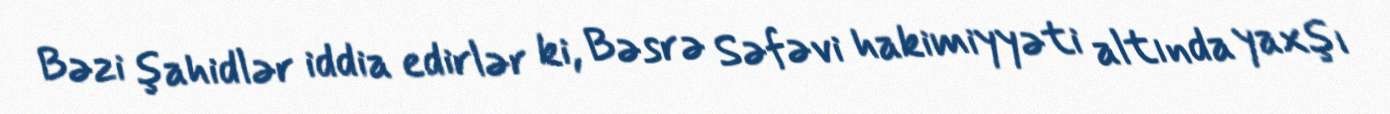
Bəzi şahidlər iddia edirlər ki, Bəsrə Səfəvi hakimiyyəti altında yaxşı